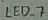
Text: LED_7